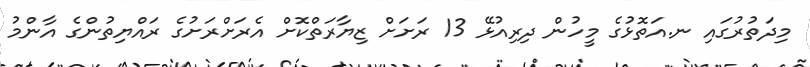
މިދަތުރުގައި ނ.އަތޮޅުގެ މީހުން ދިރިއުޅޭ 13 ރަށަށް ޒިޔާރަތްކޮށް އެރަށްރަށުގެ ރައްޔިތުންގެ އާންމު